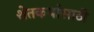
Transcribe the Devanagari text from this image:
शेतकर्यासाठी